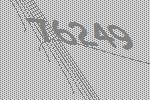
76249